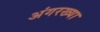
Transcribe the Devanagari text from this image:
अंगरख्या